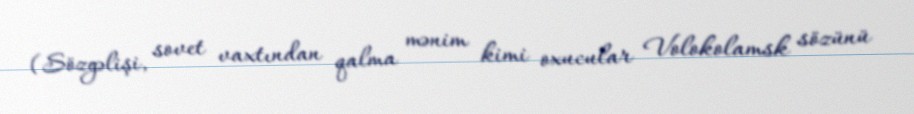
(Sözgəlişi, sovet vaxtından qalma mənim kimi oxucular Volokolamsk sözünü